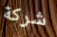
شركة